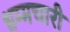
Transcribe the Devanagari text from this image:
धम्मचारी